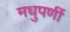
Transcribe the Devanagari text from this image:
मधुपर्णी